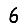
Digit: 6